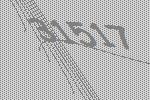
31517